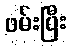
ဖမ်းပြီး